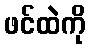
ဖင်ထဲကို